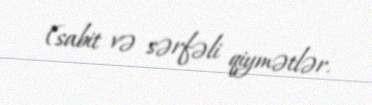
(sabit və sərfəli qiymətlər.